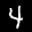
Label: 4